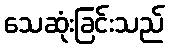
သေဆုံးခြင်းသည်